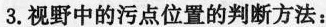
3.视野中的污点位置的判断方法：